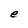
Character: e